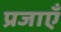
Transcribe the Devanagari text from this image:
प्रजाएँ